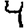
Digit: 4